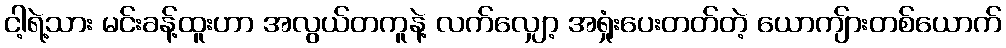
ငါ့ရဲ့သား မင်းခန့်ထူးဟာ အလွယ်တကူနဲ့ လက်လျှော့ အရှုံးပေးတတ်တဲ့ ယောကျ်ားတစ်ယောက်